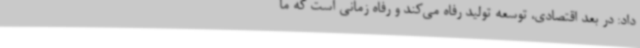
داد: در بعد اقتصادی، توسعه تولید رفاه می‌کند و رفاه زمانی است که ما